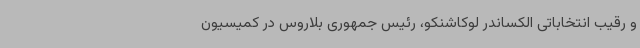
و رقیب انتخاباتی الکساندر لوکاشنکو، رئیس جمهوری بلاروس در کمیسیون